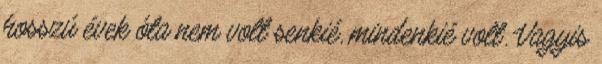
hosszú évek óta nem volt senkié, mindenkié volt. Vagyis